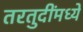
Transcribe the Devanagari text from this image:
तरतुदींमध्ये